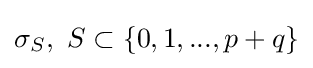
\sigma _{S},\ S\subset \{0,1,...,p+q\}